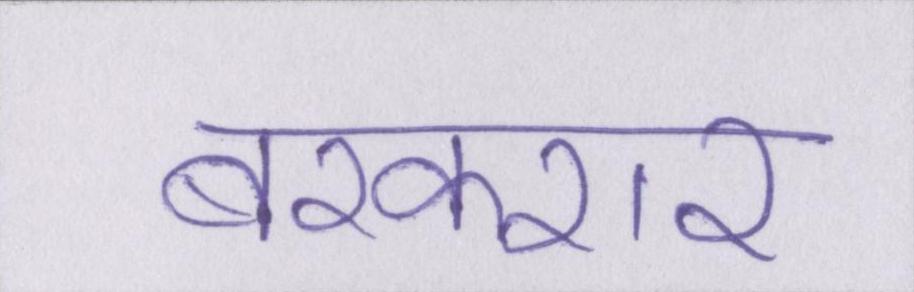
बरकरार